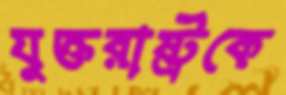
যুক্তরাষ্ট্রকে